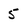
Character: 5